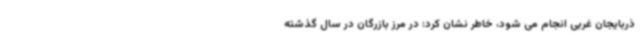
ذربایجان غربی انجام می شود، خاطر نشان کرد: در مرز بازرگان در سال گذشته